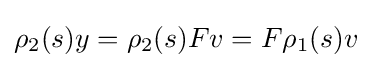
\rho _{2}(s)y=\rho _{2}(s)Fv=F\rho _{1}(s)v